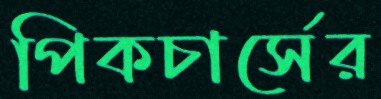
পিকচার্সের